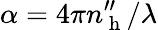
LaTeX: \alpha=4\pi n_{\mathrm{~h~}}^{\prime\prime}/\lambda